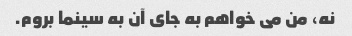
نه، من می خواهم به جای آن به سینما بروم.